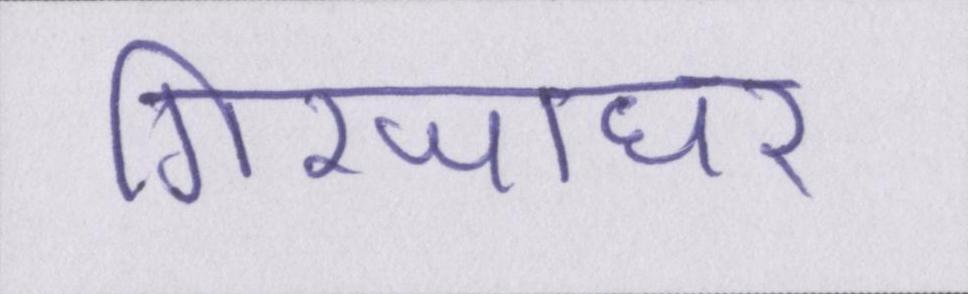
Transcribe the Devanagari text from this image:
गिरजाघर